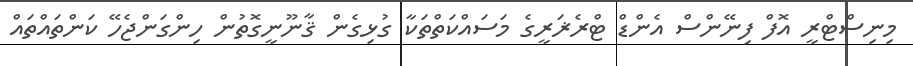
މިނިސްޓްރީ އޮފް ފިނޭންސް އެންޑް ޓްރެޜަރީގެ މަސައްކަތްތަކާ ގުޅިގެން ޤާނޫނީގޮތުން ހިންގަންޖެހޭ ކަންތައްތައް